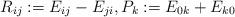
LaTeX: \begin{align*}R_{ij} :=E_{ij} - E_{ji},P_k :=E_{0k} + E_{k0}\end{align*}